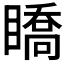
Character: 𥋊